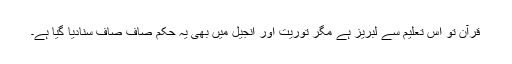
قرآن تو اس تعلیم سے لبریز ہے مگر توریت اور انجیل میں بھی یہ حکم صاف صاف سنادیا گیا ہے۔